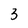
Character: 3